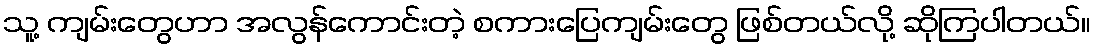
သူ့ ကျမ်းတွေဟာ အလွန်ကောင်းတဲ့ စကားပြေကျမ်းတွေ ဖြစ်တယ်လို့ ဆိုကြပါတယ်။